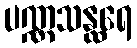
ပဏ္ဏသန္ထရေ